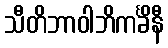
သီတိဘာဝါဘိကင်္ခိနီ